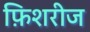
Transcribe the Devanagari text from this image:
फ़िशरीज